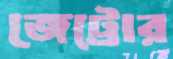
জেট্রোর